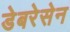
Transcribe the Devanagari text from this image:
डेबरेसेन